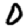
Digit: 0